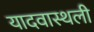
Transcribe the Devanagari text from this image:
यादवास्थली